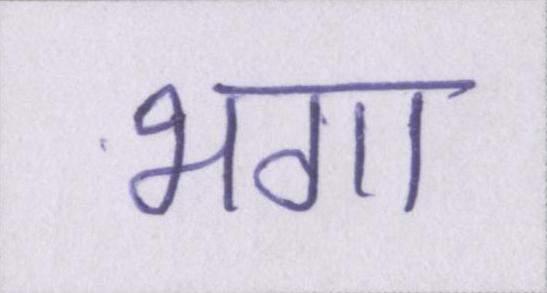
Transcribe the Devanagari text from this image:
भगा